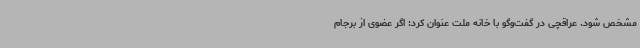
مشخص شود. عراقچی در گفت‌وگو با خانه ملت عنوان کرد: اگر عضوی از برجام